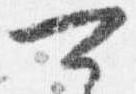
可